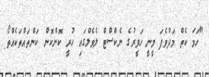
"ހަމަ ކެތް މަދުވެފަ މީނީ ހަވީރުގެ ނެކްސްޓް ލެވެލްގައި ހުރީ ކޮންކޮން ކަންތައްތަކެއްތޯ